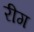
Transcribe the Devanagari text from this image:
रीग